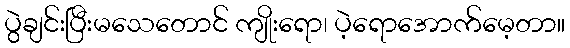
ပွဲချင်းပြီးမသေတောင် ကျိုးရော၊ ပဲ့ရောအောက်မေ့တာ။